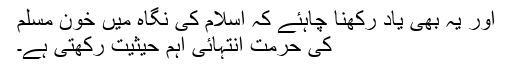
اور یہ بھی یاد رکھنا چاہئے کہ اسلام کی نگاہ میں خونِ مسلم
کی حرمت انتہائی اہم حیثیت رکھتی ہے۔